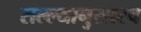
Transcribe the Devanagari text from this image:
सल्ल्यानुसारच